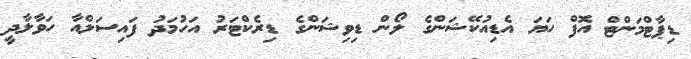
ޑިޕާޓްމަންޓް އޮފް ހަޔަ އެޑިއުކޭޝަންގެ ލޯން ޑިވިޝަންގެ ޑިރެކްޓަރު އަހުމަދު ފައިސަލްއާ ހަވާލާދީ